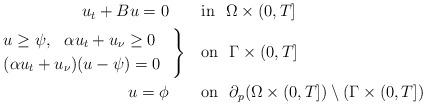
LaTeX: \begin{align*}\begin{aligned}u_t+Bu= 0\ \ \ & \ \ \ {\rm{in}} \ \ \Omega \times (0,T] \\\begin{rcases} &u\geq \psi, \ \ \alpha u_t+u_\nu\geq 0\ \ \ \\&(\alpha u_t+u_\nu)(u-\psi)=0\ \ \\\end{rcases} &\ \ \ {\rm{on}} \ \ \Gamma \times (0,T] \\u=\phi\ \ \ & \ \ \ {\rm{on}} \ \ \partial_p(\Omega \times (0,T])\setminus (\Gamma\times (0,T]) \end{aligned}\end{align*}